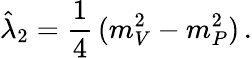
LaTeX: \hat{\lambda}_{2}={\frac{1}{4}}\, (m_{V}^{2}-m_{P}^{2})\, .